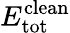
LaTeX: E_{\mathrm{tot}}^{\mathrm{clean}}